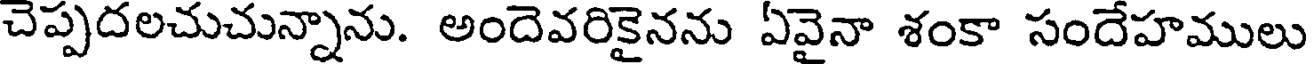
చెప్పదలచుచున్నాను. అందెవరికైనను ఏవైనా శంకా సందేహములు